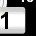
Digit: 1